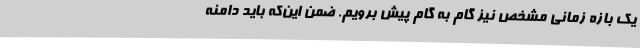
یک بازه زمانی مشخص نیز گام به گام پیش برویم. ضمن این‌که باید دامنه